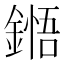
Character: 𮢬